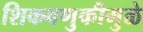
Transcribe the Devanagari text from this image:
शिकवणुकीमुळे